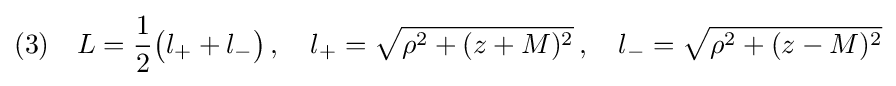
(3)\quad L={\frac {1}{2}}{\big (}l_{+}+l_{-}{\big )}\,,\quad l_{+}={\sqrt {\rho ^{2}+(z+M)^{2}}}\,,\quad l_{-}={\sqrt {\rho ^{2}+(z-M)^{2}}}